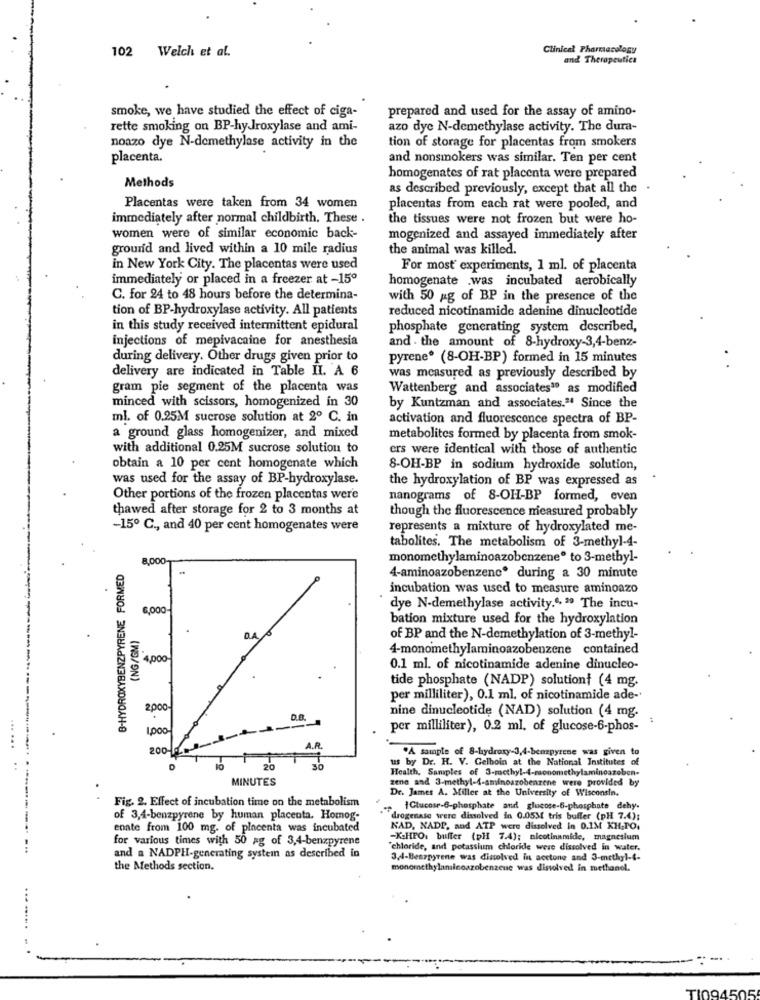
102 Welch et al.
Clinical Pharmacology
and Therapeutics
smoke, we have studied the effect of ciga-
prepared and used for the assay of amino-
rette smoking on BP-hydroxylase and ami-
azo dye N-demethylase activity. The dura-
noazo dye N-demethylase activity in the
tion of storage for placentas from smokers
placenta.
and nonsmokers was similar. Ten per cent
homogenates of rat placenta were prepared
Methods
as described previously, except that all the
Placentas were taken from 34 women
placentas from each rat were pooled, and
immediately after normal childbirth. These .
the tissues were not frozen but were ho-
women were of similar economic back-
mogenized and assayed immediately after
ground and lived within a 10 mile radius
the animal was killed.
in New York City. The placentas were used
For most experiments, 1 ml. of placenta
immediately or placed in a freezer at -150
homogenate .was incubated aerobically
C. for 24 to 48 hours before the determina-
with 50 ag of BP in the presence of the
tion of BP-hydroxylase activity. All patients
reduced nicotinamide adenine dinucleotide
in this study received intermittent epidural
phosphate generating system described,
injections of mepivacaine for anesthesia
and . the amount of 8-hydroxy-3,4-benz-
during delivery. Other drugs given prior to
pyrene® (8-OH-BP) formed in 15 minutes
delivery are indicated in Table II. A 6
was measured as previously described by
gram pie segment of the placenta was
Wattenberg and associates as modified
minced with scissors, homogenized in 30
by Kuntzman and associates." Since the
ml. of 0.25M sucrose solution at 2º C. in
activation and fluorescence spectra of BP-
a ground glass homogenizer, and mixed
metabolites formed by placenta from smok-
with additional 0.25M sucrose solution to
ers were identical with those of authentic
obtain a 10 per cent homogenate which
8-OH-BP in sodium hydroxide solution,
was used for the assay of BP-hydroxylase.
the hydroxylation of BP was expressed as
Other portions of the frozen placentas were
nanograms of 8-OH-BP formed, even
thawed after storage for 2 to 3 months at
though the fluorescence measured probably
-15º C ., and 40 per cent homogenates were
represents a mixture of hydroxylated me-
tabolites. The metabolism of 3-methyl-4-
8,000
monomethylaminoazobenzene® to 3-methyl-
B-HYDROXYBENZPYRENE FORMED
4-aminoazobenzenc® during a 30 minute
incubation was used to measure aminoazo
6,000-
dye N-demethylase activity.", " The incu-
bation mixture used for the hydroxylation
(NG/GM)
of BP and the N-demethylation of 3-methyl-
4-monomethylaminoazobenzene contained
4,000
0.1 ml. of nicotinamide adenine dinucleo-
tide phosphate (NADP) solutionf (4 mg.
per milliliter), 0.1 ml. of nicotinamide ade-
2000-
nine dinucleotide (NAD) solution (4 mg.
D.B.
poo
per milliliter), 0.2 ml. of glucose-6-phos-
200-
A sample of 8-hydroxy-3,4-benzpyrene was given to
us by Dr. H. V. Gelboin at the National Institutes of
...... ..
Health, Samples of 3-methyl-4-monomethylaminoazoben-
MINUTES
zene and 3-methyl-4-aminoszobenzene were provided by
Dr. James A. Miller at the University of Wisconsin.
Fig. 2. Effect of incubation time on the metabolism
{Glucose-6-phosphate and glucose-6-phosphate dehy.
of 3,4-benzpyrene by human placenta. Homog-
drogenase were dissolved in 0.05M tris buffer (pH 7.4);
enate from 100 mg. of placenta was incubated
NAD, NADP, and ATP were dissolved in 0.1M KH,TO.
for various times with 50 ag of 3,4-benzpyrene
-K-HFO. buffer (DH 7.4); nicotinamide, magnesium
"chloride, and potassium chloride were dissolved in water.
and a NADPH-generating systemn as described in
3.4-Benzpyrene was dissolved in acetone and 3-methyl-4-
the Methods section.
monomethylaminoazobenzene was dissolved in methanol.
... ......
TI09